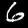
Label: 6